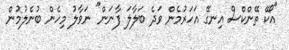
"އޯކޭ ތޭންކްސް އިނގޭ އަހަރުމެން ވަދެ ބަލާލަ ފާނަން" ނަވާލު މިހެން ބުނެލުމުން